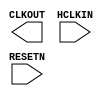

// ===========Oooo==========================================Oooo========
// =  Copyright (C) 2014-2021 Gowin Semiconductor Technology Co.,Ltd.
// =                     All rights reserved.
// =====================================================================
//
//  __      __      __
//  \ \    /  \    / /   [File name   ] prim_syn.v
//   \ \  / /\ \  / /    [Description ] GW2A hardcore verilog functional synthesis library
//    \ \/ /  \ \/ /     [Timestamp   ] Fri January 22 11:00:30 2020
//     \  /    \  /      [version     ] 1.2
//      \/      \/       
//
// ===========Oooo==========================================Oooo========



`timescale 1ns / 1ps

//CLKDIV2
module CLKDIV2(CLKOUT, HCLKIN, RESETN) /* synthesis syn_black_box  */;

parameter GSREN = "false"; //"false", "true"

input HCLKIN, RESETN;
output CLKOUT;

endmodule

//IODELAYA
module IODELAYA (DO, DF, DI, SDTAP, VALUE, SETN) /* synthesis syn_black_box  */;

parameter C_STATIC_DLY = 0; //integer, 0~127

input DI;
input  SDTAP;
input  SETN;
input  VALUE;
output DF;
output DO;

endmodule

//rPLL, revision PLL
module rPLL (CLKOUT, CLKOUTP, CLKOUTD, CLKOUTD3, LOCK, CLKIN, CLKFB, FBDSEL, IDSEL, ODSEL, DUTYDA, PSDA, FDLY, RESET, RESET_P) /* synthesis syn_black_box  */;
input CLKIN;
input CLKFB;
input RESET; 
input RESET_P; 
input [5:0] FBDSEL; 
input [5:0] IDSEL;
input [5:0] ODSEL;
input [3:0] PSDA,FDLY; 
input [3:0] DUTYDA;

output CLKOUT;
output LOCK;
output CLKOUTP;
output CLKOUTD;
output CLKOUTD3;

parameter FCLKIN = "100.0"; // frequency of the CLKIN(M)
parameter DYN_IDIV_SEL= "false";//true:IDSEL; false:IDIV_SEL
parameter IDIV_SEL = 0; // 0:1,1:2...63:64. 1~64
parameter DYN_FBDIV_SEL= "false";//true:FBDSEL; false:FBDIV_SEL
parameter FBDIV_SEL = 0; // 0:1,1:2...63:64. 1~64
parameter DYN_ODIV_SEL= "false";//true:ODSEL; false:ODIV_SEL
parameter ODIV_SEL = 8; // 2/4/8/16/32/48/64/80/96/112/128

parameter PSDA_SEL= "0000";//
parameter DYN_DA_EN = "false";//true:PSDA or DUTYDA or FDA; false: DA_SEL
parameter DUTYDA_SEL= "1000";//

parameter CLKOUT_FT_DIR = 1'b1; // CLKOUT fine tuning direction. 1'b1 only
parameter CLKOUTP_FT_DIR = 1'b1; // 1'b1 only
parameter CLKOUT_DLY_STEP = 0; // 0,1,2,4
parameter CLKOUTP_DLY_STEP = 0; // 0,1,2

parameter CLKFB_SEL = "internal"; //"internal", "external";
parameter CLKOUT_BYPASS = "false";  //"true"; "false"
parameter CLKOUTP_BYPASS = "false";   //"true"; "false"
parameter CLKOUTD_BYPASS = "false";  //"true"; "false"
parameter DYN_SDIV_SEL = 2; // 2~128,only even num
parameter CLKOUTD_SRC =  "CLKOUT";  //CLKOUT,CLKOUTP
parameter CLKOUTD3_SRC = "CLKOUT"; //CLKOUT,CLKOUTP
parameter DEVICE = "GW2A-55";//"GW2A-18","GW2A-55","GW2AR-18","GW2A-55C","GW2A-18C","GW2AR-18C","GW2ANR-18C","GW2AN-55C"

endmodule

//IBUF with ODT
module IBUF_R (O, I, RTEN)/* synthesis syn_black_box black_box_pad_pin = "I"  */;

input  I;
input RTEN;
output O;
 
endmodule

//IOBUF with ODT
module IOBUF_R (O, IO, I, OEN, RTEN)/* synthesis syn_black_box black_box_pad_pin = "IO"  */;

input I,OEN;
input RTEN;
output O;
inout IO;
    
endmodule 

//ELVDS_IBUF with ODT
module ELVDS_IBUF_R (O, I, IB, RTEN)/* synthesis syn_black_box black_box_pad_pin = "I, IB" */;
output O;
input I, IB;
input RTEN;
endmodule

//ELVDS_IOBUF with ODT
module ELVDS_IOBUF_R (O, IO, IOB, I, OEN, RTEN)/* synthesis syn_black_box black_box_pad_pin = "IO, IOB" */;
output  O;
inout IO, IOB;
input I, OEN;
input RTEN;
endmodule

// Foscw = 200M/FREQ_DIV
module OSCW (OSCOUT)/* synthesis syn_black_box  */;
parameter FREQ_DIV = 80; // 2~128,only even num
output OSCOUT;

endmodule

//OTP,One-Time-Programming
module OTP (DOUT, CSB, SCLK)/* synthesis syn_black_box  */;
input CSB, SCLK;
output DOUT;

endmodule

//SAMB,spi address for multi boot
module SAMB(SPIAD, LOADN_SPIAD)/* synthesis syn_black_box syn_noprune=1  */;
input [23:0] SPIAD;//spi flash address
input LOADN_SPIAD;//Select dynamic address signal SPIAD at low level

endmodule

// CLKDIVG
module CLKDIVG(CLKOUT, CALIB, CLKIN, RESETN)/* synthesis syn_black_box  */; 

input CLKIN;
input RESETN;
input CALIB;
output CLKOUT;

parameter DIV_MODE = "2"; //"2", "3.5", "4", "5"
parameter GSREN = "false"; //"false", "true"

endmodule

//PLLO
module PLLO (CLKOUTA, CLKOUTB, CLKOUTC, CLKOUTD, LOCK, CLKIN, CLKFB, ENCLKA, ENCLKB, ENCLKC, ENCLKD, FBDSEL, IDSEL, ODSELA, ODSELB, ODSELC, ODSELD, DTA, DTB, PSSEL, PSDIR, PSPULSE, ICPSEL, LPFRES, RESET, RESET_P, RESET_I, RESET_S)/* synthesis syn_black_box  */;
input CLKIN;
input CLKFB;
input RESET;
input RESET_P;
input RESET_I;
input RESET_S;
input [5:0] FBDSEL;
input [5:0] IDSEL;
input [6:0] ODSELA;
input [6:0] ODSELB;
input [6:0] ODSELC;
input [6:0] ODSELD;

input [3:0] DTA;
input [3:0] DTB;
input [4:0] ICPSEL;
input [2:0] LPFRES;

input [1:0] PSSEL;
input PSDIR;
input PSPULSE;

input ENCLKA;
input ENCLKB;
input ENCLKC;
input ENCLKD;

output LOCK;
output CLKOUTA;
output CLKOUTB;
output CLKOUTC;
output CLKOUTD;

parameter FCLKIN = "100.0"; // frequency of the CLKIN(M)
parameter DYN_IDIV_SEL= "FALSE";//TRUE:IDSEL; FALSE:IDIV_SEL
parameter IDIV_SEL = 0; // 0:1,1:2...63:64. 1~64
parameter DYN_FBDIV_SEL= "FALSE";//TRUE:FBDSEL; FALSE:FBDIV_SEL
parameter FBDIV_SEL = 0; // 0:1,1:2...63:64. 1~64

parameter DYN_ODIVA_SEL= "FALSE";//TRUE:ODSELA; FALSE:ODIVA_SEL
parameter ODIVA_SEL = 6; // 1~128
parameter DYN_ODIVB_SEL= "FALSE";//TRUE:ODSELB; FALSE:ODIVB_SEL
parameter ODIVB_SEL = 6; // 1~128
parameter DYN_ODIVC_SEL= "FALSE";//TRUE:ODSELC; FALSE:ODIVC_SEL
parameter ODIVC_SEL = 6; // 1~128
parameter DYN_ODIVD_SEL= "FALSE";//TRUE:ODSELD; FALSE:ODIVD_SEL
parameter ODIVD_SEL = 6; // 1~128

parameter CLKOUTA_EN = "TRUE";//"TRUE","FALSE"
parameter CLKOUTB_EN = "TRUE";//"TRUE","FALSE"
parameter CLKOUTC_EN = "TRUE";//"TRUE","FALSE"
parameter CLKOUTD_EN = "TRUE";//"TRUE","FALSE"

parameter DYN_DTA_SEL = "FALSE"; //TRUE:DTA; FALSE:CLKOUTA_DT_DIR & CLKOUTA_DT_STEP
parameter DYN_DTB_SEL = "FALSE"; //TRUE:DTB; FALSE:CLKOUTB_DT_DIR & CLKOUTB_DT_STEP
parameter CLKOUTA_DT_DIR = 1'b1; // CLKOUTA dutycycle adjust direction. 1'b1: + ; 1'b0: -
parameter CLKOUTB_DT_DIR = 1'b1; // CLKOUTB dutycycle adjust direction. 1'b1: + ; 1'b0: -
parameter CLKOUTA_DT_STEP = 0; // 0,1,2,4; 50ps/step
parameter CLKOUTB_DT_STEP = 0; // 0,1,2,4; 50ps/step

parameter CLKA_IN_SEL = 2'b00;//DIVA input source select. 0x:from VCO;11:from CLKIN
parameter CLKA_OUT_SEL = 1'b0;//CLKOUTA output select. 0:DIVA output; 1:CLKIN
parameter CLKB_IN_SEL = 2'b00;//DIVB input source select. 0x:from VCO;10:from CLKCAS_A;11:from CLKIN
parameter CLKB_OUT_SEL = 1'b0;//CLKOUTB output select. 0:DIVB output; 1:CLKIN
parameter CLKC_IN_SEL = 2'b00;//DIVC input source select. 0x:from VCO;10:from CLKCAS_B;11:from CLKIN
parameter CLKC_OUT_SEL = 1'b0;//CLKOUTC output select. 0:DIVC output; 1:CLKIN
parameter CLKD_IN_SEL = 2'b00;//DIVD input source select. 0x:from VCO;10:from CLKCAS_C;11:from CLKIN
parameter CLKD_OUT_SEL = 1'b0;//CLKOUTD output select. 0:DIVD output; 1:CLKIN

parameter CLKFB_SEL = "INTERNAL"; // "INTERNAL", "EXTERNAL";

parameter DYN_DPA_EN = "FALSE";//dynamic phaseshift adjustment Enable."TRUE","FALSE"

parameter DYN_PSB_SEL = "FALSE";//"TRUE": select dynamic dpa signal for phase shift B. DYN_DPA_EN="TRUE" at the same time. "FALSE":select PSB_COARSE & PSB_FINE as the static control signal for phase shift B
parameter DYN_PSC_SEL = "FALSE";//"TRUE": select dynamic dpa signal for phase shift C. DYN_DPA_EN="TRUE" at the same time. "FALSE":select PSC_COARSE & PSC_FINE as the static control signal for phase shift C
parameter DYN_PSD_SEL = "FALSE";//"TRUE": select dynamic dpa signal for phase shift D. DYN_DPA_EN="TRUE" at the same time. "FALSE":select PSD_COARSE & PSD_FINE as the static control signal for phase shift D
parameter PSB_COARSE = 0;//0~127
parameter PSB_FINE = 0;//0~7
parameter PSC_COARSE = 0;//0~127
parameter PSC_FINE = 0;//0~7
parameter PSD_COARSE = 0;//0~127
parameter PSD_FINE = 0;//0~7

parameter DTMS_ENB = "FALSE";//"FALSE":fixed 50% duty cycle for case odivb=2~128; "TRUE":set PSB_COARSE & PSB_FINE as duty edge when DYN_DPA_EN="TRUE" for case odivb=2~128
parameter DTMS_ENC = "FALSE";//"FALSE":fixed 50% duty cycle for case odivc=2~128; "TRUE":set PSC_COARSE & PSC_FINE as duty edge when DYN_DPA_EN="TRUE" for case odivc=2~128
parameter DTMS_END = "FALSE";//"FALSE":fixed 50% duty cycle for case odivd=2~128; "TRUE":set PSD_COARSE & PSD_FINE as duty edge when DYN_DPA_EN="TRUE" for case odivd=2~128

parameter RESET_I_EN = "FALSE";//"TRUE","FALSE". Enable RESET_I through the dedicated signal from ciu.
parameter RESET_S_EN =  "FALSE";//"TRUE","FALSE". Enable RESET_S through the dedicated signal from ciu.

parameter DYN_ICP_SEL= "FALSE";//TRUE:ICPSEL; FALSE:ICP_SEL
parameter ICP_SEL = 5'bXXXXX;//X means that software will automatically calculate and set this parameter.If the user wants to set it, use 5'b00000~5'b11111
parameter DYN_RES_SEL= "FALSE";//TRUE:LPFRES; FALSE:LPR_REF
parameter LPR_REF = 7'bXXXXXXX;//X means that software will automatically calculate and set this parameter.If the user wants to set it, use 7'b0000000(R0)/7'b0000001(R1)/7'b0000010(R2)/7'b0000100(R3)/7'b0001000(R4)/7'b0010000(R5)/7'b0100000(R6)/7'b1000000(R7)

endmodule

//IBUF for mipi input
module MIPI_IBUF (OH, OL, OB, IO, IOB, I, IB, OEN, OENB, HSREN) /* synthesis syn_black_box syn_lib_cell=1 black_box_pad_pin = "IO, IOB" */;
output OH, OL, OB;
inout IO, IOB;
input  I, IB;
input OEN, OENB;
input HSREN;
endmodule

//IOBUF for I3C mode
module I3C_IOBUF (O, IO, I, MODESEL)/* synthesis syn_black_box syn_lib_cell=1 black_box_pad_pin = "IO" */;
output O;
inout IO;
input  I, MODESEL;

endmodule